Scottish Certificate of Education, 1962
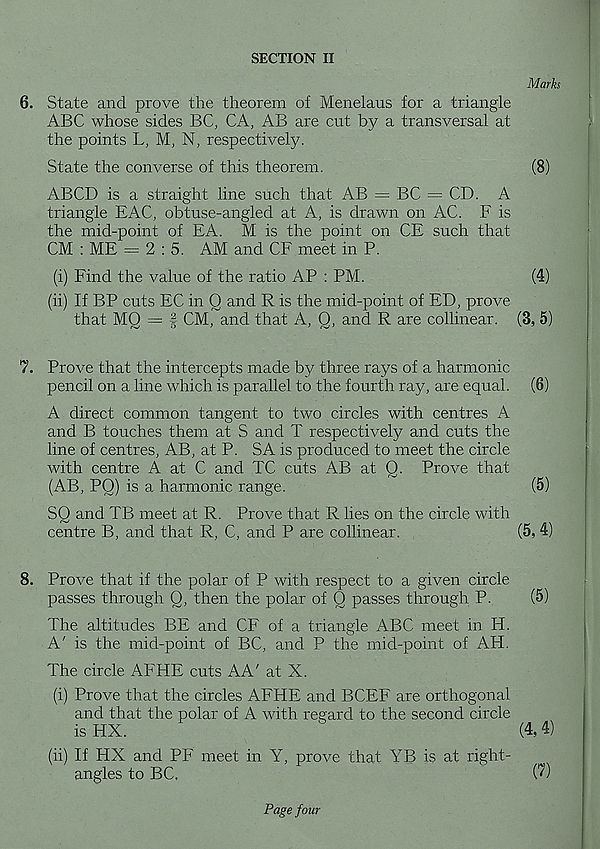
SECTION II
Marks
6. State and prove the theorem of Menelaus for a triangle
ABC whose sides BC, CA, AB are cut by a transversal at
the points L, M, N, respectively.
State the converse of this theorem.
(8)
ABCD is a straight line such that AB — BC = CD. A
triangle EAC, obtuse-angled at A, is drawn on AC. F is
the mid-point of EA. M is the point on CE such that
CM : ME — 2:5. AM and CF meet in P.
(i) Find the value of the ratio AP : PM.
(4)
(ii) If BP cuts EC in Q and R is the mid-point of ED, prove
that MQ = § CM, and that A, Q, and R are collinear. (3, 5)
7. Prove that the intercepts made by three rays of a harmonic
pencil on a line which is parallel to the fourth ray, are equal. (6)
A direct common tangent to two circles with centres A
and B touches them at S and T respectively and cuts the
line of centres, AB, at P. SA is produced to meet the circle
with centre A at C and TC cuts AB at Q. Prove that
(AB, PO) is a harmonic range.
(5)
SQ and TB meet at R. Prove that R lies on the circle with
centre B, and that R, C, and P are collinear.
(5, 4)
8. Prove that if the polar of P with respect to a given circle
passes through 0, then the polar of O passes through P.
(5)
The altitudes BE and CF of a triangle ABC meet in H.
A' is the mid-point of BC, and P the mid-point of AH.
The circle AFHE cuts AA' at X.
(i) Prove that the circles AFHE and BCEF are orthogonal
and that the polar of A with regard to the second circle
is HX.
'
(4,4)
(ii) If HX and PE meet in Y, prove that YB is at right-
angles to BC,
C?)
Page four